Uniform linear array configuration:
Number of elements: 48
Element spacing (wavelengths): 1
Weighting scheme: hamming
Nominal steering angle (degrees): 15
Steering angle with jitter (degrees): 13.965
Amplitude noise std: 0.05
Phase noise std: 0.05

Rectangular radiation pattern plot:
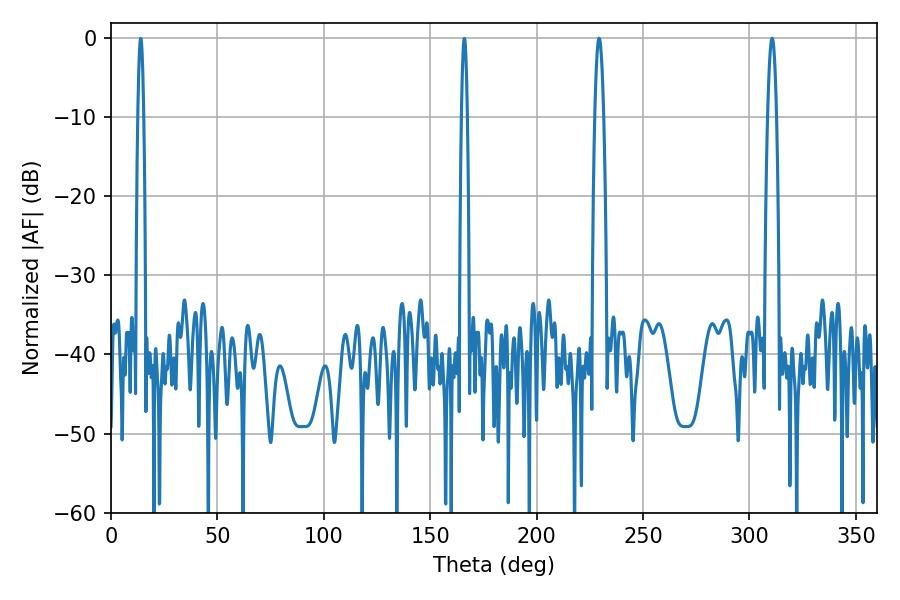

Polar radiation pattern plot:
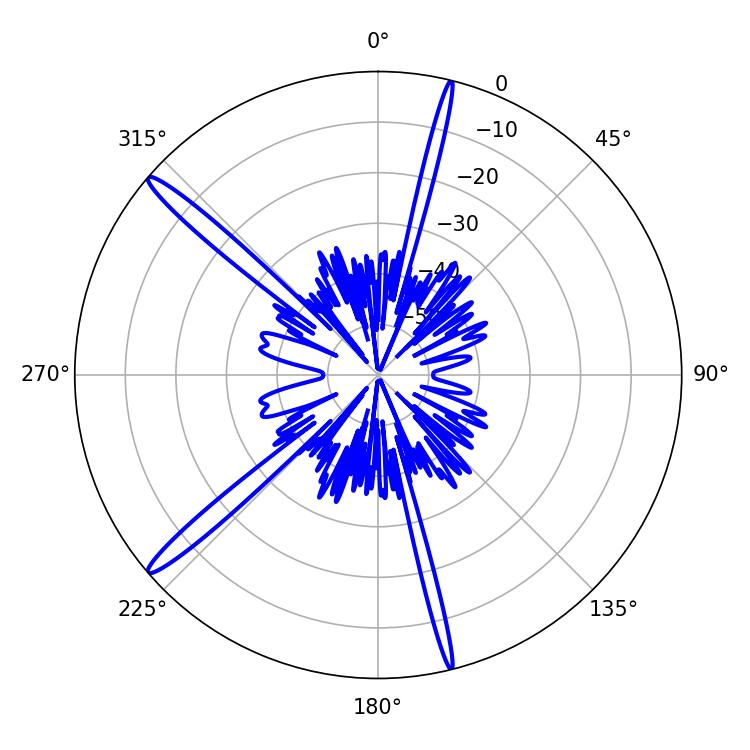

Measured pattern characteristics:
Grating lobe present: TRUE
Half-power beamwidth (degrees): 2.16
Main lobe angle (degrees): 229.32